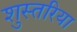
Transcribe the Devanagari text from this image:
शुस्तरिया